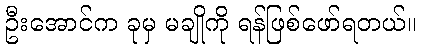
ဦးအောင်က ခုမှ မချိုကို ရန်ဖြစ်ဖော်ရတယ်။